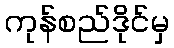
ကုန်စည်ဒိုင်မှ